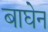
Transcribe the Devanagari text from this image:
बाघेन